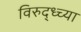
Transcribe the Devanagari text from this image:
विरुद्ध्च्या